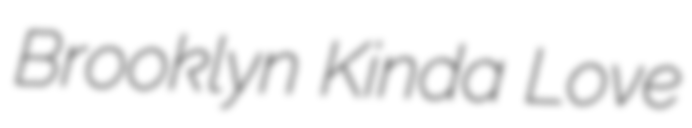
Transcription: Brooklyn Kinda Love